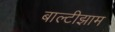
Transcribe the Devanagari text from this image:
बाल्टीझाम